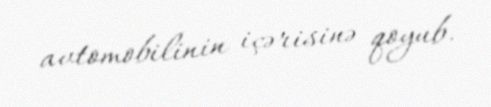
avtomobilinin içərisinə qoyub.